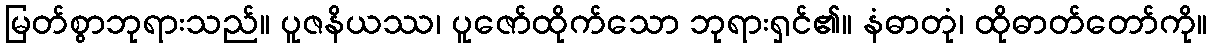
မြတ်စွာဘုရားသည်။ ပူဇနိယဿ၊ ပူဇော်ထိုက်သော ဘုရားရှင်၏။ နံဓာတုံ၊ ထိုဓာတ်တော်ကို။